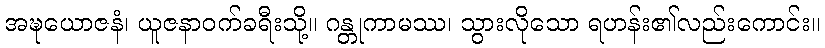
အဍ္ဎယောဇနံ၊ ယူဇနာဝက်ခရီးသို့။ ဂန္တုကာမဿ၊ သွားလိုသော ရဟန်း၏လည်းကောင်း။